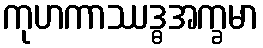
ကုဟကာဿဒ္ဓအက္ခမာ